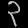
Digit: ၃